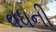
વધની